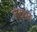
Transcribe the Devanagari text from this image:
ल्क्षात